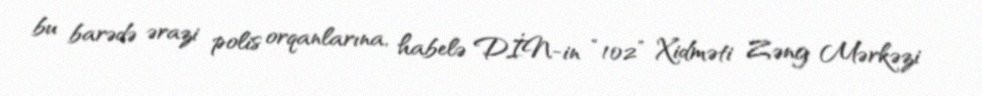
bu barədə ərazi polis orqanlarına, habelə DİN-in “102” Xidməti Zəng Mərkəzi